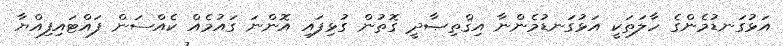
އަޅުގަނޑުމެންގެ ހާލަތަކީ އަޅުގަނޑުމެންނާ އިޤްތިޞާދީ ގޮތުން ގުޅިފައި އޮންނަ ގައުމެއް ކެއްސަން ފައްޓައިފިއްޔާ